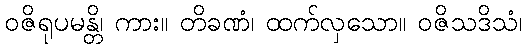
ဝဇိရုပမန္တိ၊ ကား။ တိခဏံ၊ ထက်လှသော။ ဝဇိသဒိသံ၊